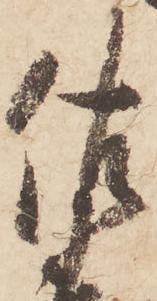
佐